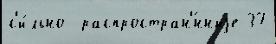
с'и́льно  распростран'́нныjе 37